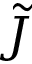
\cal \tilde { J }